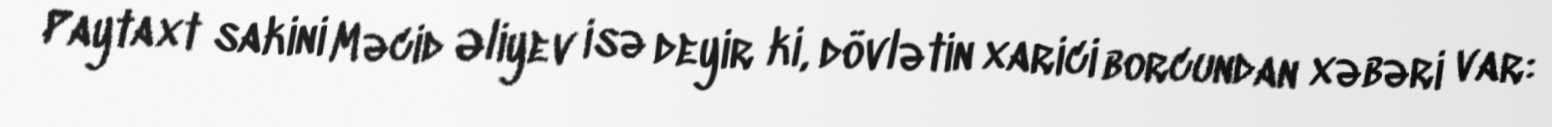
Paytaxt sakini Məcid Əliyev isə deyir ki, dövlətin xarici borcundan xəbəri var: